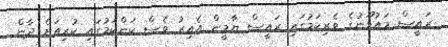
ރައީސް މައުމޫނުގެ ވެރިކަމުގައި ރައީސް ޔާމީން އެއިރު ވެސް ކަންކަމުގައި ކުރިއަށް ދާން